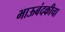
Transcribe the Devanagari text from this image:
भाऊबंदकीचा